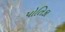
પોતિકા